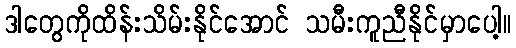
ဒါတွေကိုထိန်းသိမ်းနိုင်အောင် သမီးကူညီနိုင်မှာပေါ့။